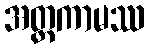
အတ္တကာမဿ